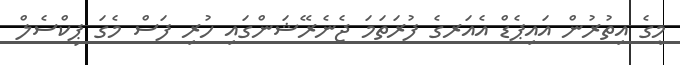
މީގެ އިތުރުން އައިޕެޑް އެއަރގެ ފުރަތަމަ ޖެނެރޭޝަންގައި ހުރި ފަސް މެގަ ޕިކްސެލް